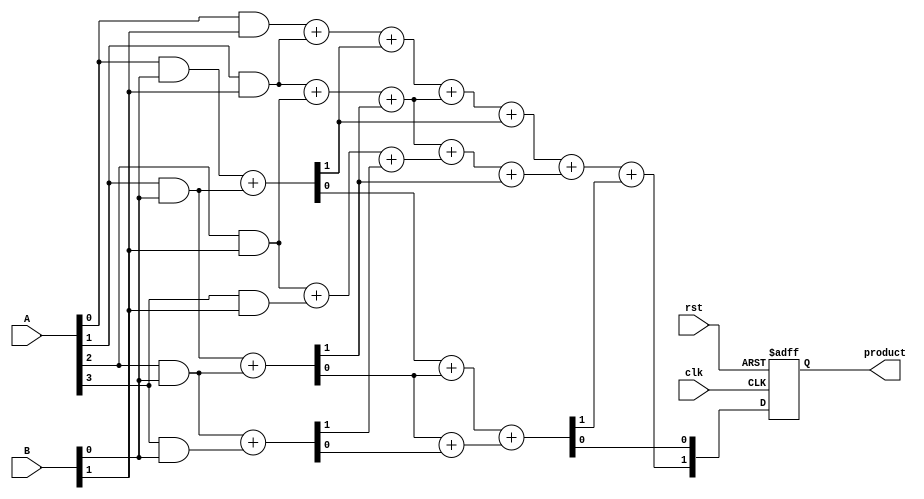
module WallaceTreeMultiplier #(parameter N = 4) (
    input  wire [N-1:0] A,
    input  wire [N-1:0] B,
    input  wire clk,
    input  wire rst,
    output reg [2*N-1:0] product
);

    // Partial product generation
    wire [N-1:0] pp [N-1:0]; // Partial products
    genvar i, j;
    generate
        for (i = 0; i < N; i = i + 1) begin : pp_gen
            for (j = 0; j < N; j = j + 1) begin : pp_inner
                assign pp[i][j] = A[i] & B[j];
            end
        end
    endgenerate

    // Internal wires for the reduction stage
    wire [N-1:0] sum1 [N:0]; // Sums from first stage
    wire [N-1:0] carry1 [N:0]; // Carries from first stage
    wire [N-1:0] sum2 [N:0]; // Sums from second stage
    wire [N-1:0] carry2 [N:0]; // Carries from second stage

    // Stage 1: Reduce partial products using half and full adders
    generate
        for (i = 0; i < N; i = i + 1) begin : stage1
            if (i < N-1) begin
                // Half adder for the first two bits
                assign {carry1[i][0], sum1[i][0]} = pp[i][0] + pp[i+1][0];
                // Full adders for the remaining bits
                for (j = 1; j < N; j = j + 1) begin : fa
                    assign {carry1[i][j], sum1[i][j]} = pp[i][j] + pp[i+1][j] + carry1[i][j-1];
                end
            end
            else begin
                assign sum1[i][0] = pp[i][0];
                for (j = 1; j < N; j = j + 1) begin
                    assign sum1[i][j] = pp[i][j];
                    assign carry1[i][j] = 1'b0;
                end
            end
        end
    endgenerate

    // Stage 2: Further reduction
    generate
        for (i = 0; i < N-1; i = i + 1) begin : stage2
            if (i < N-2) begin
                assign {carry2[i][0], sum2[i][0]} = sum1[i][0] + sum1[i+1][0];
                for (j = 1; j < N; j = j + 1) begin
                    assign {carry2[i][j], sum2[i][j]} = sum1[i][j] + sum1[i+1][j] + carry1[i][j-1];
                end
            end
            else begin
                assign sum2[i][0] = sum1[i][0];
                for (j = 1; j < N; j = j + 1) begin
                    assign sum2[i][j] = sum1[i][j];
                    assign carry2[i][j] = 1'b0;
                end
            end
        end
    endgenerate

    // Final addition
    wire [2*N-1:0] final_sum;
    wire [2*N-1:0] final_carry;

    // Final adder (simple ripple carry adder)
    assign {final_carry[0], final_sum[0]} = sum2[0][0] + sum2[1][0];
    assign {final_carry[1], final_sum[1]} = sum2[0][1] + sum2[1][1] + final_carry[0];

    // Combine results into product
    always @(posedge clk or posedge rst) begin
        if (rst) begin
            product <= 0;
        end else begin
            product <= final_sum; // Adjust according to final sum and carry
        end
    end

endmodule